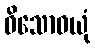
ဝိသောဓယုံ